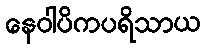
နေဝါပိကပရိသာယ